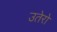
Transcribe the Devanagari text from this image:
उतेरो